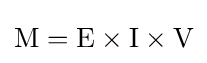
{\text{M}}={\text{E}}\times {\text{I}}\times {\text{V}}